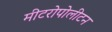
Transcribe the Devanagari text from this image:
मीटरोपोलीटन